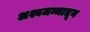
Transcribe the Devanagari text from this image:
अश्वजन्मातून